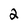
Character: 2